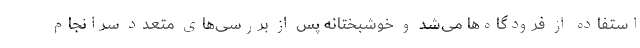
استفاده از فرودگاه‌ها می‌شد و خوشبختانه پس از بررسی‌های متعدد سرانجام